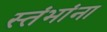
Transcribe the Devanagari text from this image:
स्तंभांना